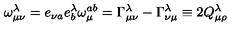
\omega _ { \mu \nu } ^ { \lambda } = e _ { \nu a } e _ { b } ^ { \lambda } \omega _ { \mu } ^ { a b } = \Gamma _ { \mu \nu } ^ { \lambda } - \Gamma _ { \nu \mu } ^ { \lambda } \equiv 2 Q _ { \mu \rho } ^ { \lambda }